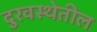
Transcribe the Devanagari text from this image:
दुरवस्थेतील